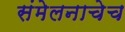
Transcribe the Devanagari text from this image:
संमेलनाचेच